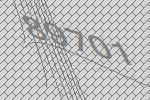
89701